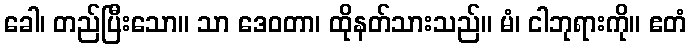
ခေါ၊ တည်ပြီးသော။ သာ ဒေဝတာ၊ ထိုနတ်သားသည်။ မံ၊ ငါဘုရားကို။ ဧတံ